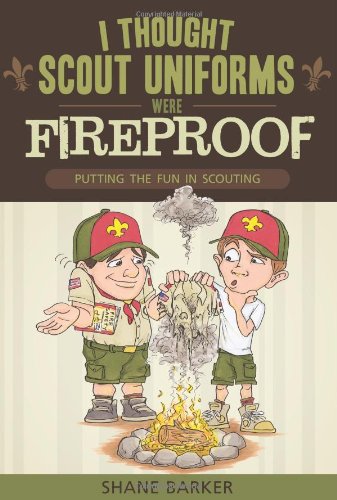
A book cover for I Thought Scout Uniforms Were Fireproof!: Putting the Fun in Scouting; Shane R. Barker; Business & Money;